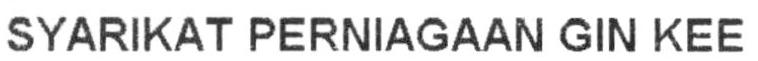
SYARIKAT PERNIAGAAN GIN KEE